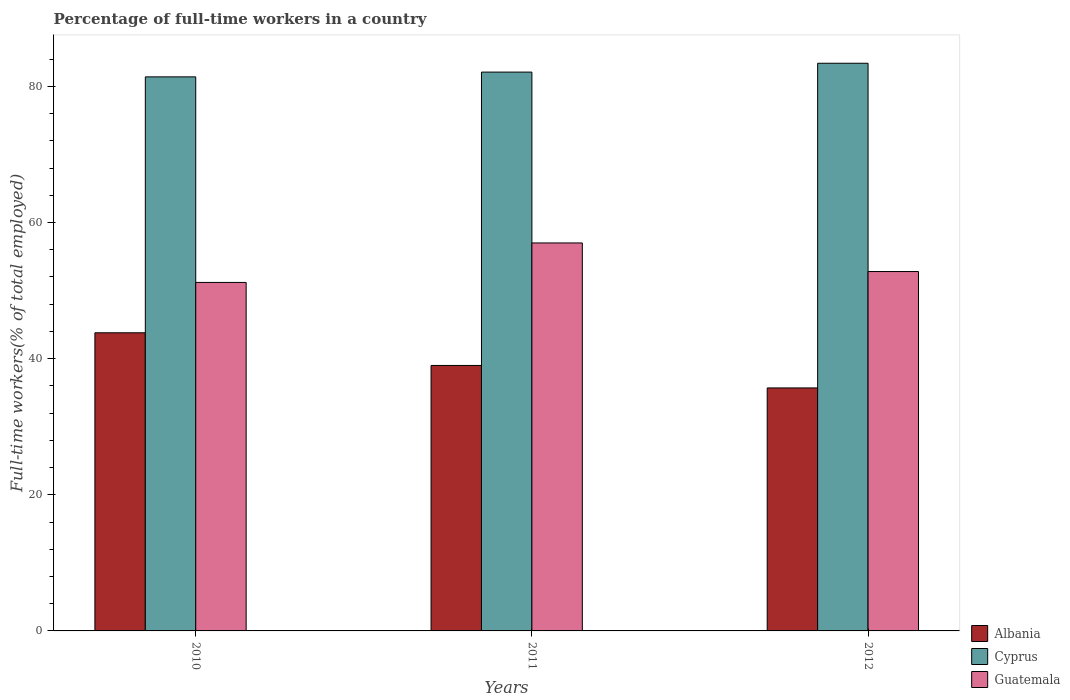
| Years | Albania | Cyprus | Guatemala |
 | --- | --- | --- | --- |
 | 2010 | 43.8 | 81.4 | 51.2 |
 | 2011 | 39 | 82.1 | 57 |
 | 2012 | 35.7 | 83.4 | 52.8 |